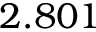
2 . 8 0 1